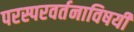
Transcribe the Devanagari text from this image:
परस्परवर्तनाविषयी